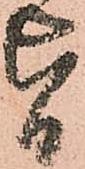
旨